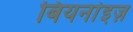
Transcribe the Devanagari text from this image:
बियर्नाइज़